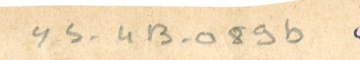
ys-4B-089b